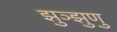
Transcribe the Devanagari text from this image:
झुञ्झुणु